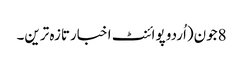
8جون(اُردو پوائنٹ اخبارتازہ ترین۔